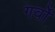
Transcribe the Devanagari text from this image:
गर्वो